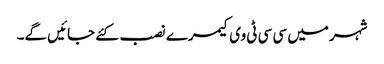
شہر میں سی سی ٹی وی کیمرے نصب کئے جائیں گے۔